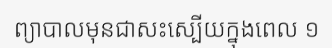
ព្យាបាលមុនជាសះស្បើយក្នុងពេល ១